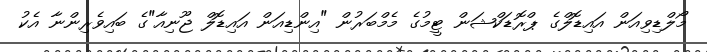
މޯލްޑިވިއަން އައިޑޮލްގެ ޕްރޮޑަކްޝަން ޓީމުގެ މެމްބަރުން "އިންޑިއަން އައިޑޮލް ޖޫނިއާ"ގެ ބައިވެރިންނާ އެކު